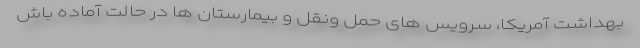
بهداشت آمریکا، سرویس های حمل ونقل و بیمارستان ها در حالت آماده باش